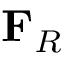
\mathbf { F } _ { R }